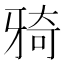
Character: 𤘌